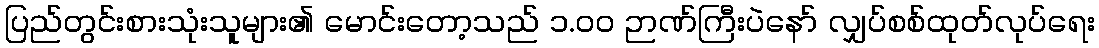
ပြည်တွင်းစားသုံးသူများ၏ မောင်းတော့သည် ၁.၀၀ ဉာဏ်ကြီးပဲနော် လျှပ်စစ်ထုတ်လုပ်ရေး